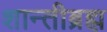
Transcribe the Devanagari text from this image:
शान्तीब्रह्म